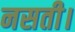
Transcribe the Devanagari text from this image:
नसती।